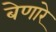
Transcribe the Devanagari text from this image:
बेणारे